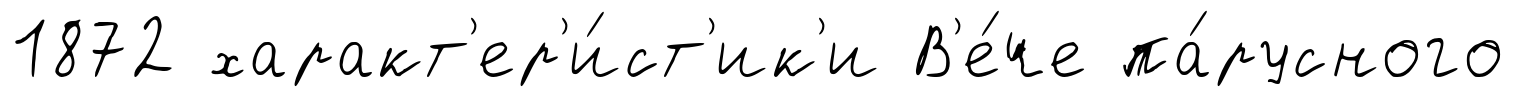
1872 характ'ер'и́ст'ик'и В'е́че па́русного